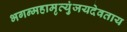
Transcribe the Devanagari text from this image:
भगन्महामृत्युंजयदेवताय